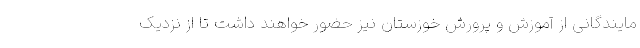
مایندگانی از آموزش و پرورش خوزستان نیز حضور خواهند داشت تا از نزدیک